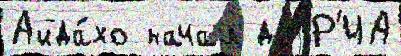
Айда́хо начал до Р'ИА